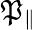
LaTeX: \mathfrak{P}_{\| }